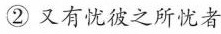
②又有忧彼之所忧者